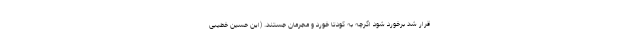
قرار شد برخورد شود اگرچه به کودتا خورد و مجرمان جستند. (این حسین خطیبی